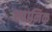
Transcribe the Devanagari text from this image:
स्वानिक